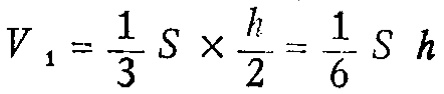
\[V_{1}=\frac{1}{3}S\times\frac{h}{2}=\frac{1}{6}S\ h\]